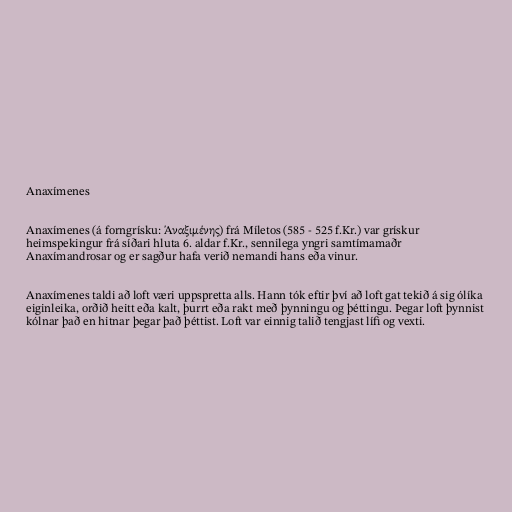
Anaxímenes

Anaxímenes (á forngrísku: Άναξιμένης) frá Míletos (585 - 525 f.Kr.) var grískur
heimspekingur frá síðari hluta 6. aldar f.Kr., sennilega yngri samtímamaðr
Anaxímandrosar og er sagður hafa verið nemandi hans eða vinur.

Anaxímenes taldi að loft væri uppspretta alls. Hann tók eftir því að loft gat tekið á sig ólíka
eiginleika, orðið heitt eða kalt, þurrt eða rakt með þynningu og þéttingu. Þegar loft þynnist
kólnar það en hitnar þegar það þéttist. Loft var einnig talið tengjast lífi og vexti.